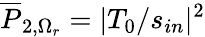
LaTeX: \overline{{P}}_{2,\Omega_{r}}=|T_{0}/s_{in}|^{2}